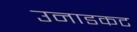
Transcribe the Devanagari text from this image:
उनाडकट